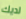
لديك